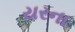
યરના